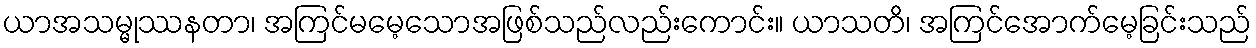
ယာအသမ္မုဿနတာ၊ အကြင်မမေ့သောအဖြစ်သည်လည်းကောင်း။ ယာသတိ၊ အကြင်အောက်မေ့ခြင်းသည်